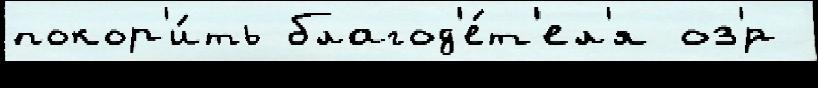
покор'и́ть благод'е́т'ел'я оз'́р